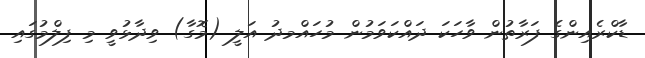
ޑާކްރެއިންގެ ފަރާތުން ވާހަކަ ދައްކަވަމުން މުހައްމދު އަލީ (މޮގާ) ވިދާޅުވީ މި ފިލްމުގައި